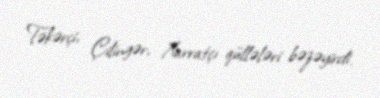
Təkərçi, Çilingər, Xarratçı qüllələri bəzəyirdi.